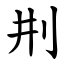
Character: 㓝